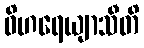
ဝိဟရေယျာသီတိ